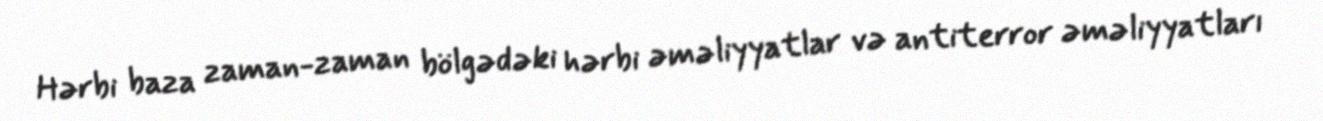
Hərbi baza zaman-zaman bölgədəki hərbi əməliyyatlar və antiterror əməliyyatları